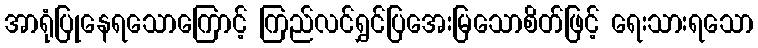
အာရုံပြုနေရသောကြောင့် ကြည်လင်ရွှင်ပြအေးမြသောစိတ်ဖြင့် ရေးသားရသော